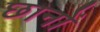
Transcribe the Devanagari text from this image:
छानों